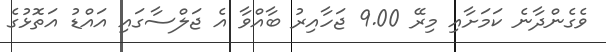
ވެގެންދާނެ ކަމަށާއި މިރޭ 9.00 ޖަހާއިރު ބާއްވާ އެ ޖަލްސާގައި އައްޑު އަތޮޅުގެ